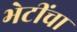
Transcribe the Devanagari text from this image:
भेटींचा